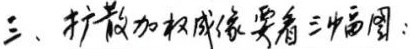
三、扩散加权成像要看三幅图：